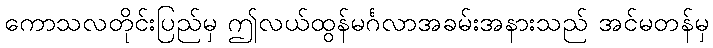
ကောသလတိုင်းပြည်မှ ဤလယ်ထွန်မင်္ဂလာအခမ်းအနားသည် အင်မတန်မှ